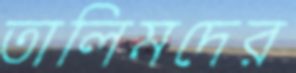
তালিমদের